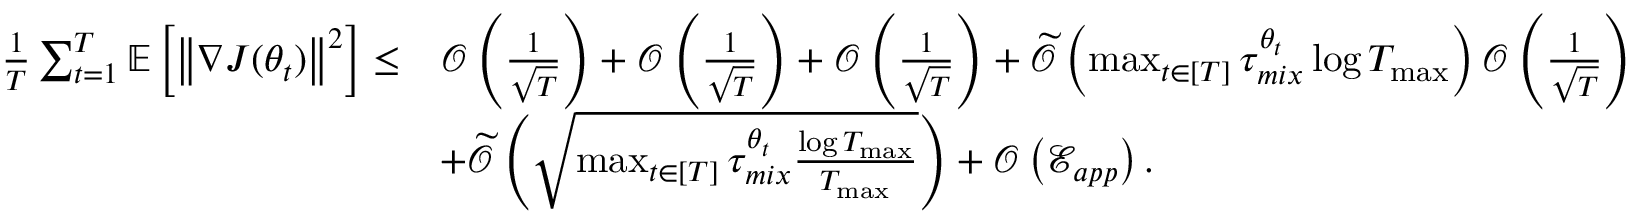
\begin{array} { r l } { \frac { 1 } { T } \sum _ { t = 1 } ^ { T } \mathbb { E } \left[ \left\lVert \nabla J ( \theta _ { t } ) \right\rVert ^ { 2 } \right] \leq } & { \mathcal { O } \left( \frac { 1 } { \sqrt { T } } \right) + \mathcal { O } \left( \frac { 1 } { \sqrt { T } } \right) + \mathcal { O } \left( \frac { 1 } { \sqrt { T } } \right) + \widetilde { \mathcal { O } } \left( \operatorname* { m a x } _ { t \in [ T ] } \tau _ { m i x } ^ { \theta _ { t } } \log T _ { \operatorname* { m a x } } \right) \mathcal { O } \left( \frac { 1 } { \sqrt { T } } \right) } \\ & { + \widetilde { \mathcal { O } } \left( \sqrt { \operatorname* { m a x } _ { t \in [ T ] } \tau _ { m i x } ^ { \theta _ { t } } \frac { \log T _ { \operatorname* { m a x } } } { T _ { \operatorname* { m a x } } } } \right) + \mathcal { O } \left( \mathcal { E } _ { a p p } \right) . } \end{array}